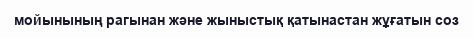
мойынының рагынан және жыныстық қатынастан жұғатын соз